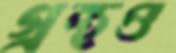
গ্রন্থও